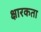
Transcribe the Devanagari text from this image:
क्षारकता